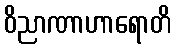
ဝိညာဏာဟာရောတိ